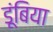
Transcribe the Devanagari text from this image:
डूंबिया